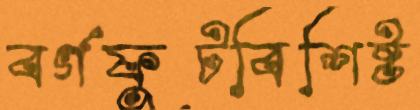
বর্গফুটবিশিষ্ট